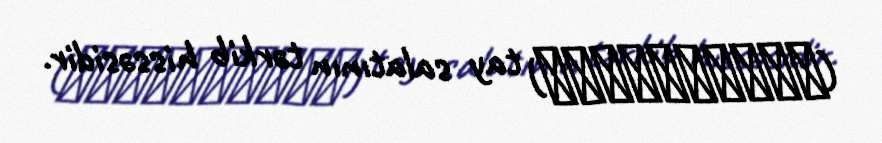
(ยำไข่แมงดา) tay salatının tərkib hissəsidir.